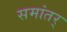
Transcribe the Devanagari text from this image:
समांतर्